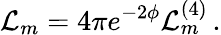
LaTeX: \mathcal{L}_{m}=4\pi e^{-2\phi}\mathcal{L}_{m}^{(4)}\, .